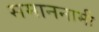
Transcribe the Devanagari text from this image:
समाननामी